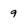
Character: 9